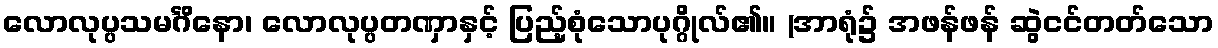
လောလုပ္ပသမင်္ဂိနော၊ လောလုပ္ပတဏှာနှင့် ပြည့်စုံသောပုဂ္ဂိုလ်၏။ (အာရုံ၌ အဖန်ဖန် ဆွဲငင်တတ်သော